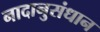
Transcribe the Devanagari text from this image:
नादानुसंधान